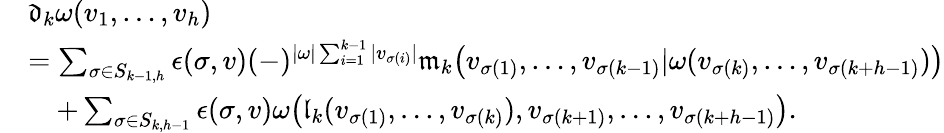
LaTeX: \begin{array}{rl}&{\mathfrak d_{k}\omega(v_{1},\ldots,v_{h})}\\ &{=\sum_{\sigma\in S_{k-1,h}}\epsilon(\sigma,v)(-)^{|\omega|\sum_{i=1}^{k-1}|v_{\sigma(i)}|}\mathfrak m_{k}\big(v_{\sigma(1)},\ldots,v_{\sigma(k-1)}|\omega(v_{\sigma(k)},\ldots,v_{\sigma(k+h-1)})\big)}\\ &{\quad+\sum_{\sigma\in S_{k,h-1}}\epsilon(\sigma,v)\omega\big(\mathfrak l_{k}(v_{\sigma(1)},\ldots,v_{\sigma(k)}),v_{\sigma(k+1)},\ldots,v_{\sigma(k+h-1)}\big).}\end{array}